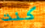
كنت